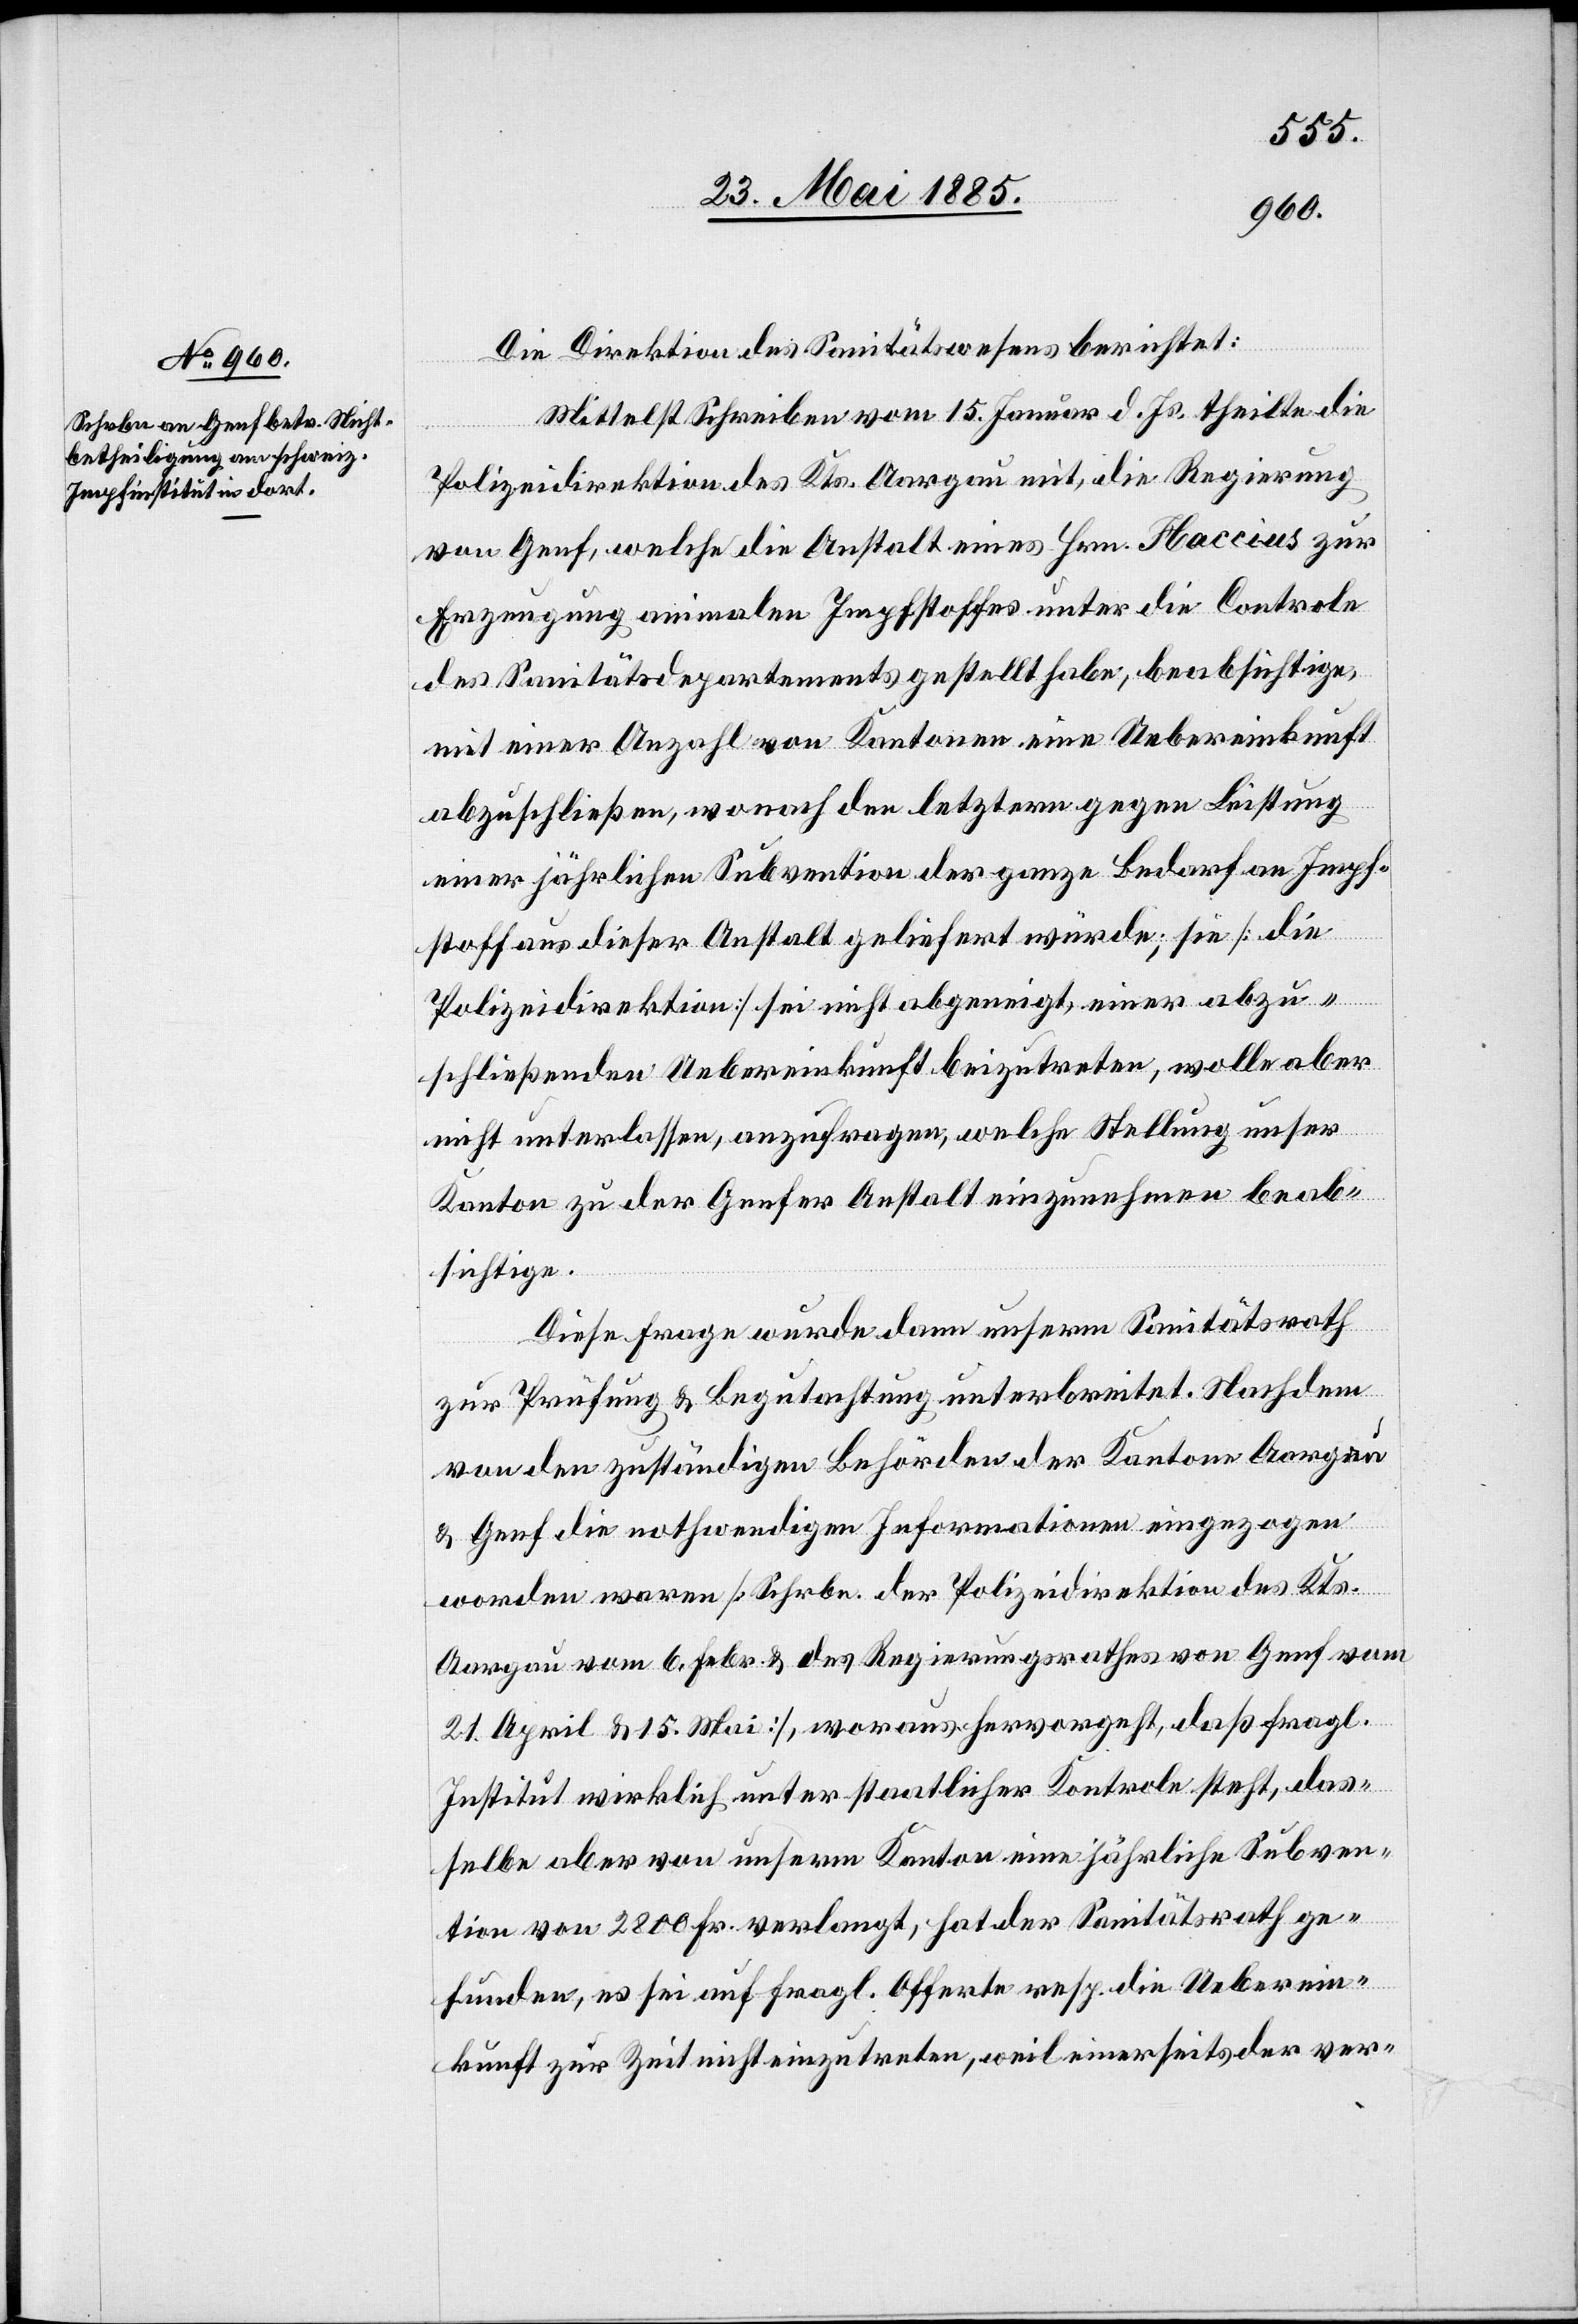
Die Direktion des Sanitätswesens berichtet:
Mittelst Schreiben vom 15. Januar d. Js. theilte die
Polizeidirektion des Kts. Aargau mit, die Regierung
von Genf, welche die Anstalt eines Hrn. Flaccius zur
Erzeugung animalen Impfstoffes unter die Controle
des Sanitätsdepartements gestellt habe, beabsichtige,
mit einer Anzahl von Kantonen eine Uebereinkunft
abzuschließen, wonach der letztere gegen Leistung
einer jährlichen Subvention der ganze Bedarf an Impf¬
stoff aus dieser Anstalt geliefert würde; sie [die
Polizeidirektion] sei nicht abgeneigt, einer abzu¬
schließenden Uebereinkunft beizutreten, wolle aber
nicht unterlassen, anzufragen, welche Stellung unser
Kanton zu der Genfer Anstalt einzunehmen beab¬
sichtige.
Diese Frage wurde dann unserm Sanitätsrath
zur Prüfung & Begutachtung unterbreitet. Nachdem
von den zuständigen Behörden der Kantone Aargau
& Genf die nothwendigen Informationen eingezogen
worden waren [Schrbn. der Polizeidirektion des Kts.
Aargau vom 6. Febr. & des Regierungsrathes von Genf vom
21. April & 15. Mai], woraus hervorgeht, daß fragl.
Institut wirklich unter staatlicher Kontrole steht, das¬
selbe aber von unserm Kanton eine jährliche Subven¬
tion von 2800 Fr. verlangt, hat der Sanitätsrath ge¬
funden, es sei auf fragl. Offerte resp. die Ueberein¬
kunft zur Zeit nicht einzutreten, weil einerseits der ver-